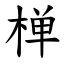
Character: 椫